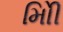
મોિી